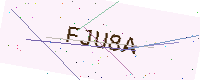
Text: FJU8A